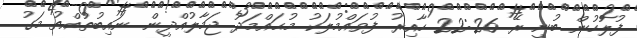
ފުލުހުން ބުނީ ރޭ 22:26 ހާއިރު ފުވައްމުލަކު މުޙައްމަދު ޖަމާލުއްދީން ނައިބުތުއްތު މަގު